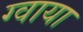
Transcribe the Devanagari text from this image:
ग्वाया